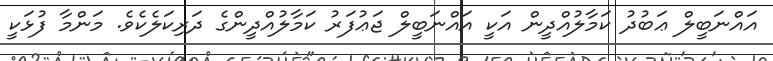
އައްނަބީލް ޢަބުދު ކަމާލުއްދީން އަކީ އައްނަބީލް ޖަޢުފަރު ކަމާލުއްދީންގެ ދަރިކަލެކެވެ. މަންމާ ފުޅަކީ